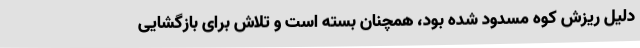
دلیل ریزش کوه مسدود شده بود، همچنان بسته است و تلاش برای بازگشایی